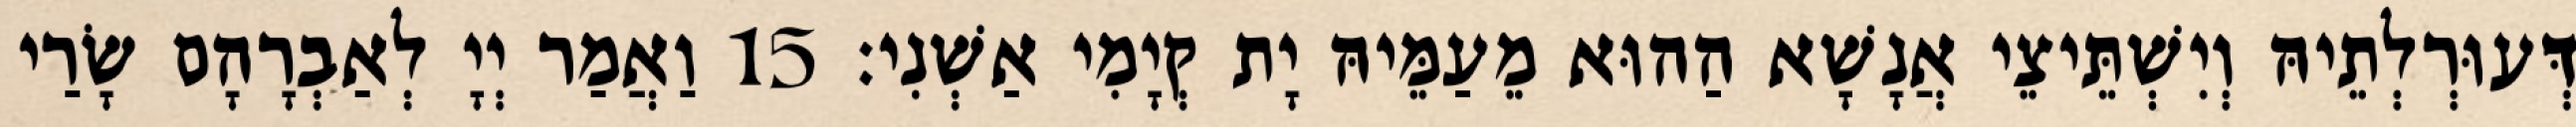
דְּעוּרְלְתֵיהּ וְיִשְׁתֵּיצֵי אֲנָשָׁא הַהוּא מֵעַמֵּיהּ יָת קְיָמִי אַשְׁנִי׃ 15 וַאֲמַר יְיָ לְאַבְרָהָם שָׂרַי